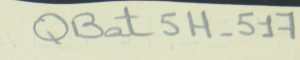
QBat5H-517